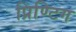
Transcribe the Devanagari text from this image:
प्रिण्टिग